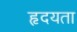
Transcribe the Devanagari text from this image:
हृदयता